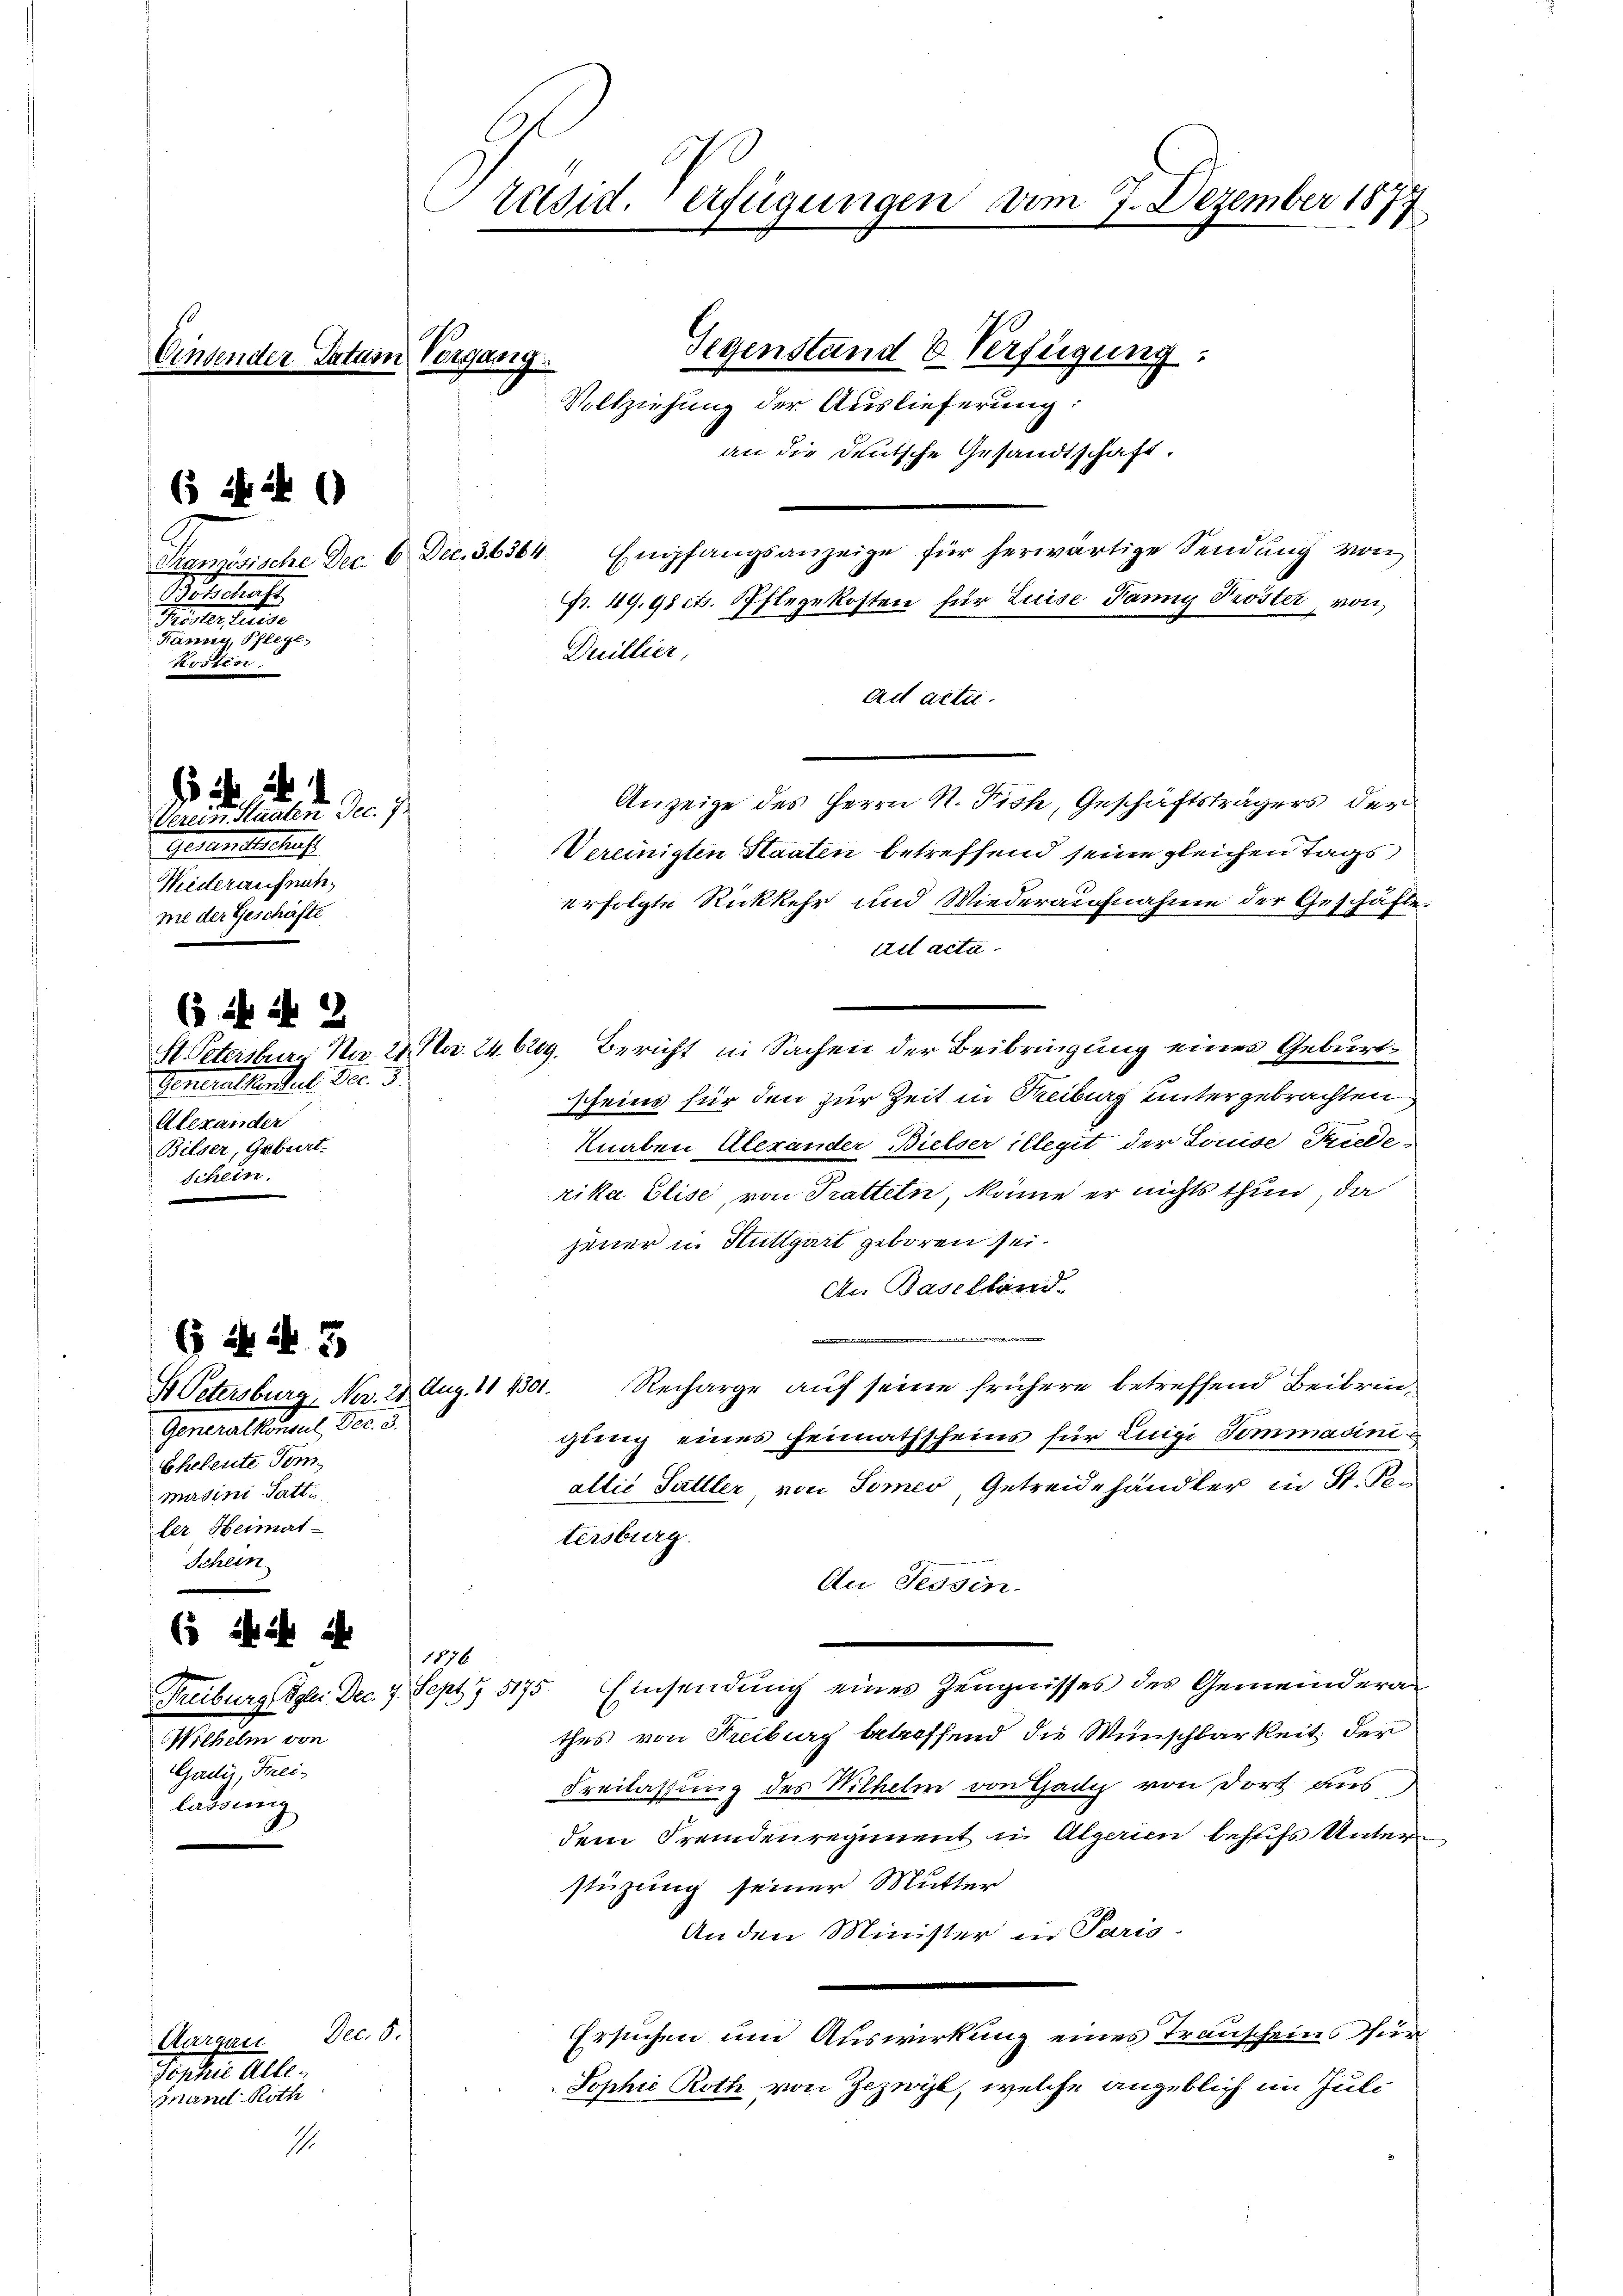
Petschaft
ee einer eine eine
Ränny, Pflege,
Kosten

1 2
Vereiten Staaten Dec. 1
esandtschaf
Wiederaufnah
me der Geschäfte

(§ 24 f 2
Generallensel Fr. 3
Alexander
Bilser, Geburt.
Schein

43
B Petersburg, Nr. 28. Aug. 11 1501.
Generallen, der 3.
Eheleute Tom
madini-Tatti
ler Heimat-
Schein

6 ihr ihr i
Wilhelm von
Gadii, Frei
lassung

Aargau Dec. 5.
Torter alle.
Grand Roth

Präsid. Verfügungen vom 7. Dezember 1877
Gegenstand & Verfügung:
Einsender Satum Vergang.
Vollziehung der Auslieferung:
an die Deutsche Gesandtschaft.
(5 f 24
Tranzösische Dec. 6 Dec. 36364. Empfangsanzeige für herwärtige Sendŭng von
Fr. 49. 98 cts. Pflegekosten für Luise Panny Tröster, von
Duillier,

ad acte.
Anzeige des Herrn N. Fisch, Geschäftsträgers der
Vereinigten Staaten betreffend seine gleichen Tags
erfolgte Rückkehr und Wiederaufnahme der Geschäfte.
Eit acta
St. Petersburg Nr. 21. No. 24. 629. Bericht in Sachen der Beibringung eines Geburt¬
Scheins für den zur Zeit in Reiburg untergebrachten
Knaben Alexander Bielser illegit der Louise Friede
rika Elise, von Tratteln, käme er nichts thun, da
jener in Stuttgart geboren sei.
Au Baselland
Recharge auf seine frühere betreffend Beibringung eines Heimathscheins für Luigi Tommasiniallié Sattler, von Somer, Getreide händler in St. Von
tersburg.
Au Tessin.
1876
Freiburg Igler Dec. 4. Sept. 5175 Einsendŭng eines Zeugnisses des Gemeindera
thes von Freiburg betreffend die Wünschbarkeit der
Freilassung des Wilhelm von Ganz von dort aus
dem Fremdenregiment in Algerien behufs Unterstüzung seiner Mutter
An den Minister in Paris.
Ersuchen um Auswirkung eines Transcheins Tur¬
Sophie Roth von Zezwyl, welche angeblich im Juli